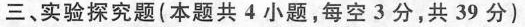
三、实验探究题(本题共4小题，每空3分，共39分)